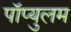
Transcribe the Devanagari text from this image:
पॉप्युलम